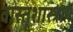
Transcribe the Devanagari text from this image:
वास्तूशास्त्राने